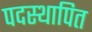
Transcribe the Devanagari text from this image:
पदस्‍थापित